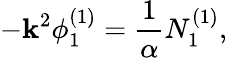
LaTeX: -\mathbf{k}^{2}\phi_{1}^{(1)}=\frac{{1}}{{\alpha}}N_{1}^{(1)},